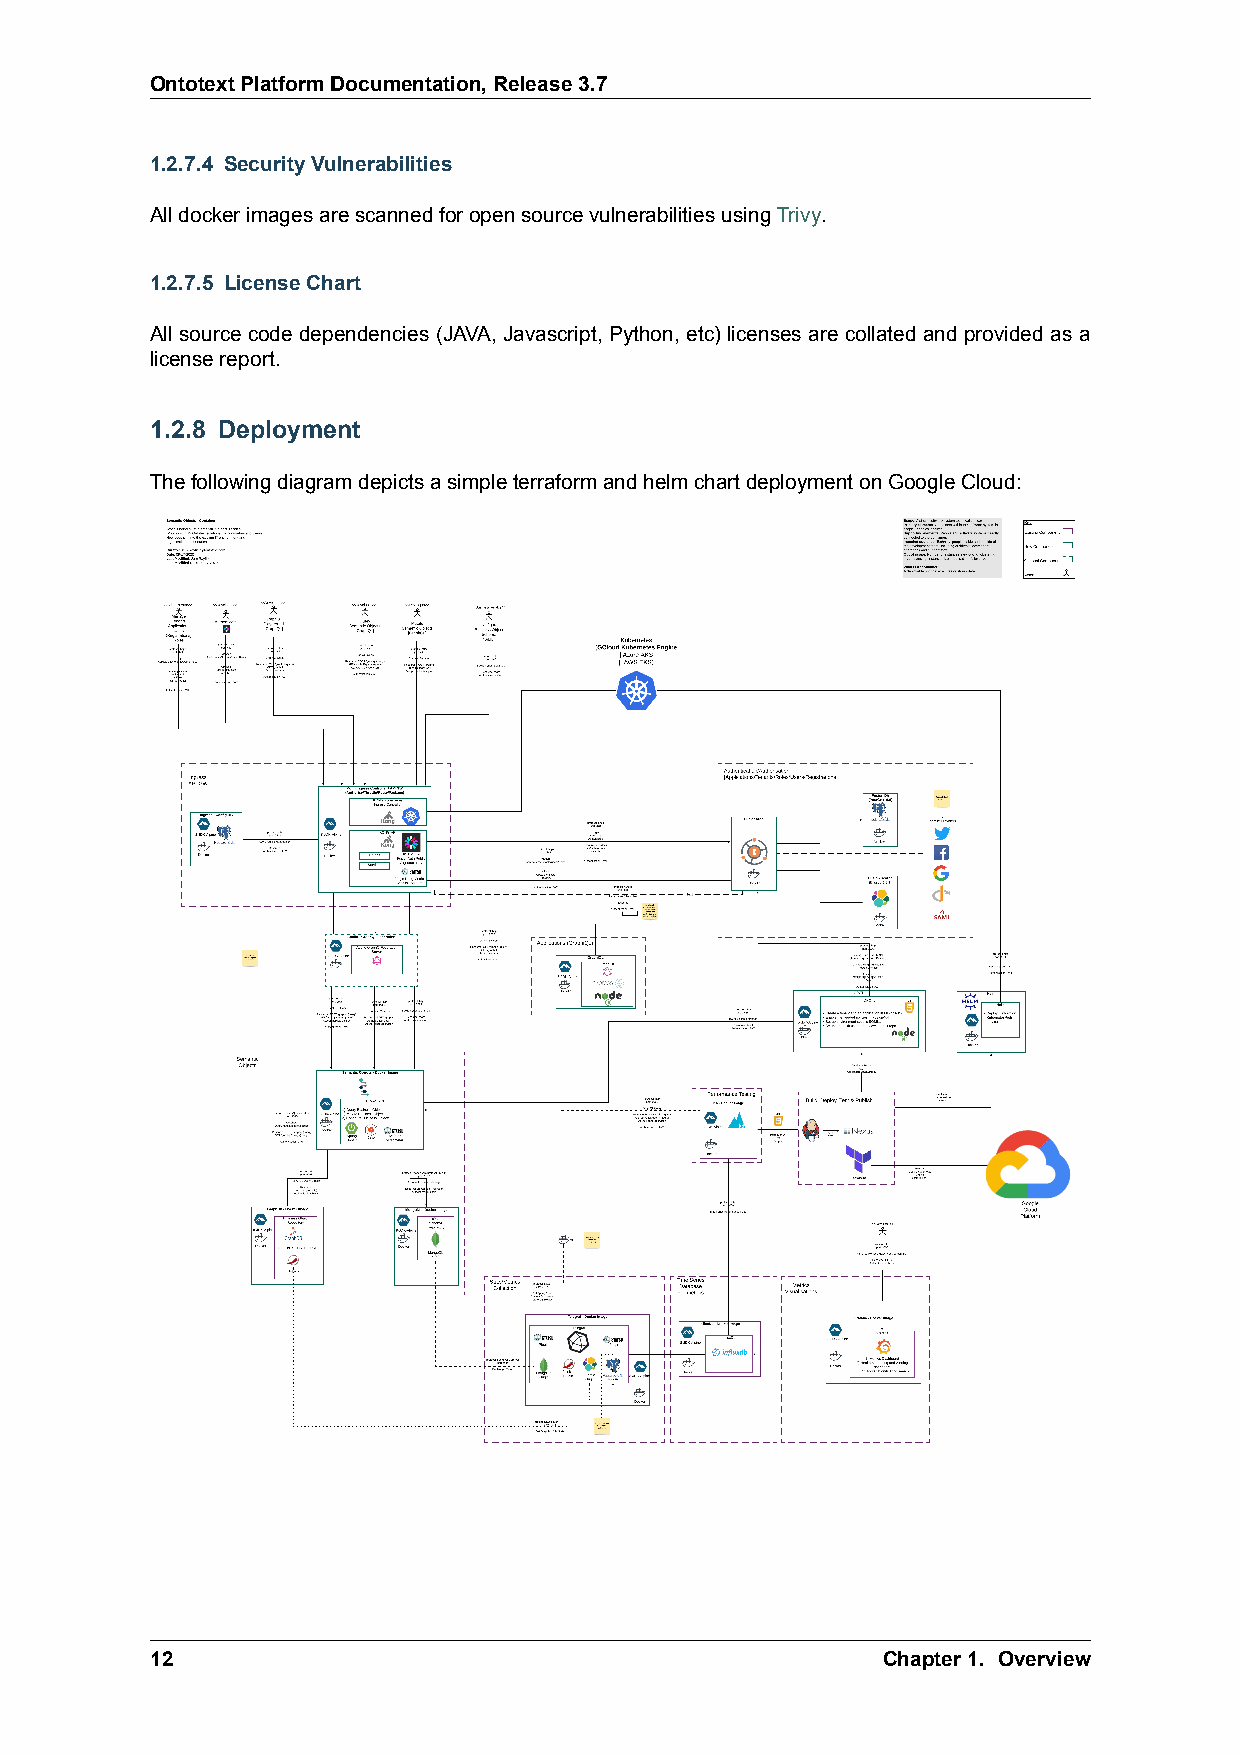
OntotextPlatformDocumentation,Release3.7
 1.2.7.4 SecurityVulnerabilities
 AlldockerimagesarescannedforopensourcevulnerabilitiesusingTrivy.
 1.2.7.5 LicenseChart
 All source code dependencies (JAVA, Javascript, Python, etc) licenses are collated and provided as a
 licensereport.
 1.2.8 Deployment
 ThefollowingdiagramdepictsasimpleterraformandhelmchartdeploymentonGoogleCloud:
 12                                              Chapter1. Overview